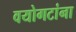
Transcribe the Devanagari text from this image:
वयोगटांना